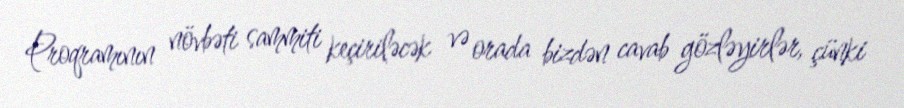
Proqramının növbəti sammiti keçiriləcək və orada bizdən cavab gözləyirlər, çünki